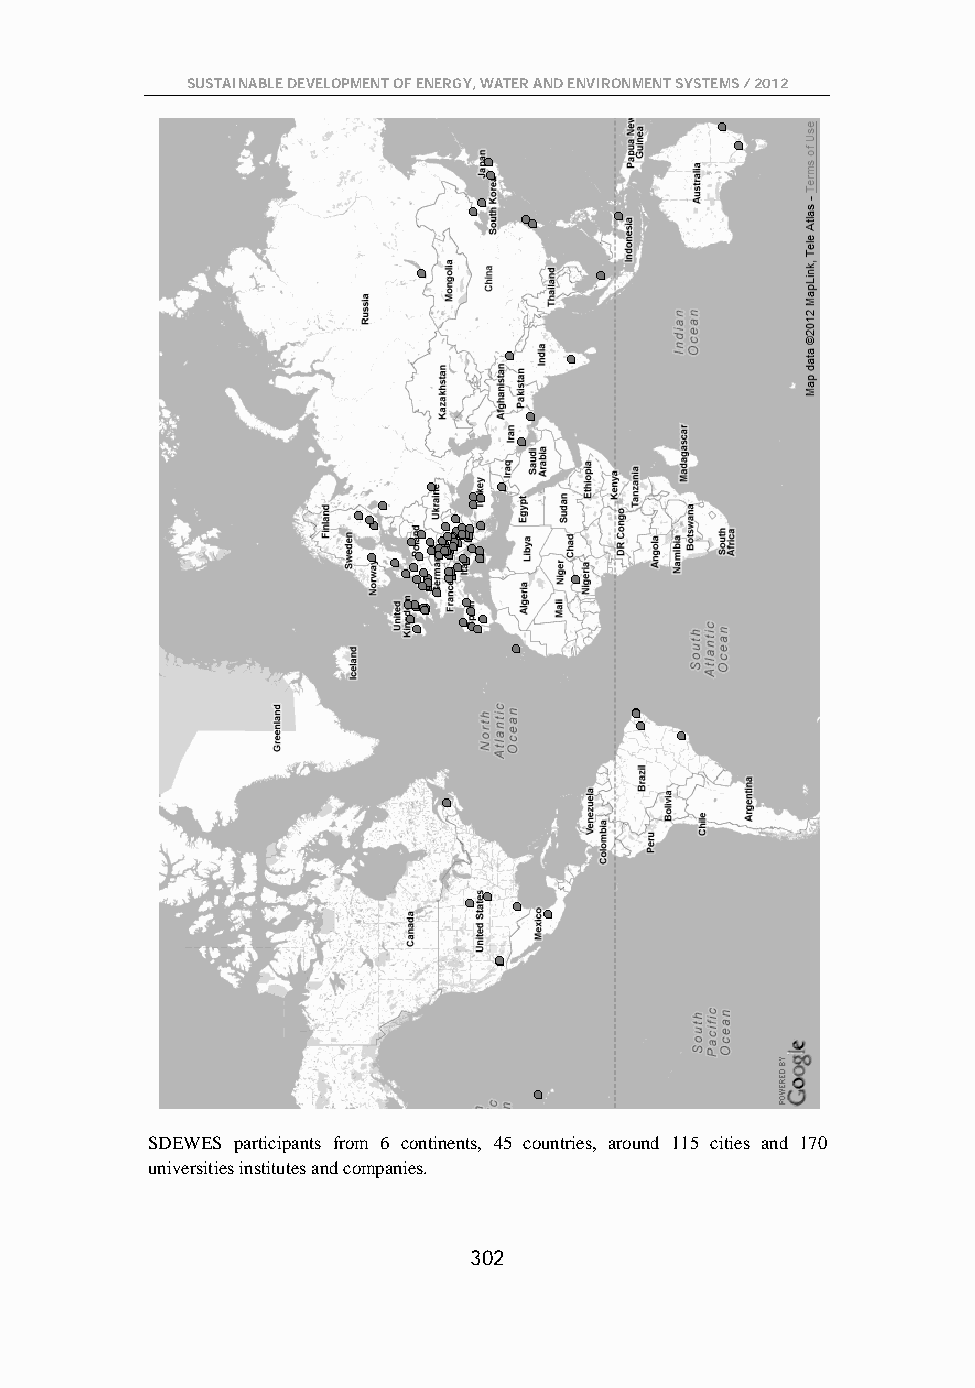
SUSTAINABLE DEVELOPMENT OF ENERGY, WATER AND ENVIRONMENT SYSTEMS / 2012
 SDEWES participants from 6 continents, 45 countries, around 115 cities and 170
 universities institutes and companies.
 302